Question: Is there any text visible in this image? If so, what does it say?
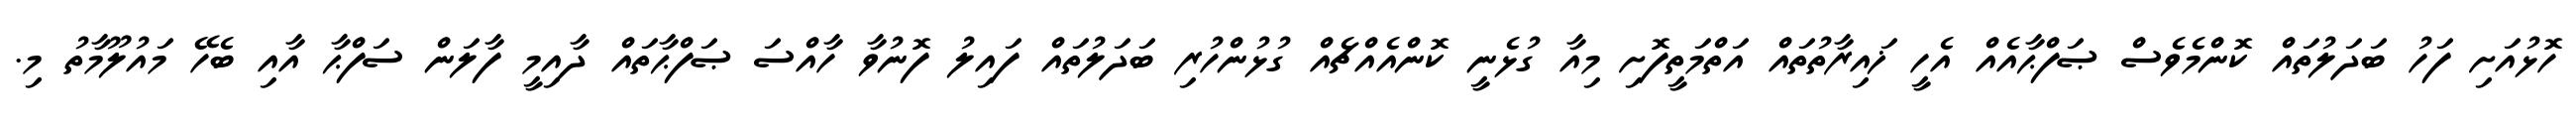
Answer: ހޮޅުއަށި ފަހު ބަދަލުތައް ކޮންމެވެސް ޞަފްޙާއެއް އެހީ ޚައިރާތުތައް އަތްމަތީފޮށި މިއާ ގުޅެނީ ކޮންއެއްޗެއް ގުޅުންހުރި ބަދަލުތައް ފައިލު ފޮނުވާ ހާއްސަ ޞަފްޙާތައް ދާއިމީ ފާލަން ސަފްޙާ އާއި ބެހޭ މައުލޫމާތު މި.